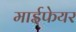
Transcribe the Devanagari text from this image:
माईफेयर